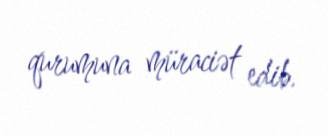
qurumuna müraciət edib.